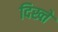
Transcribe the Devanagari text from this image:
दिख्ते